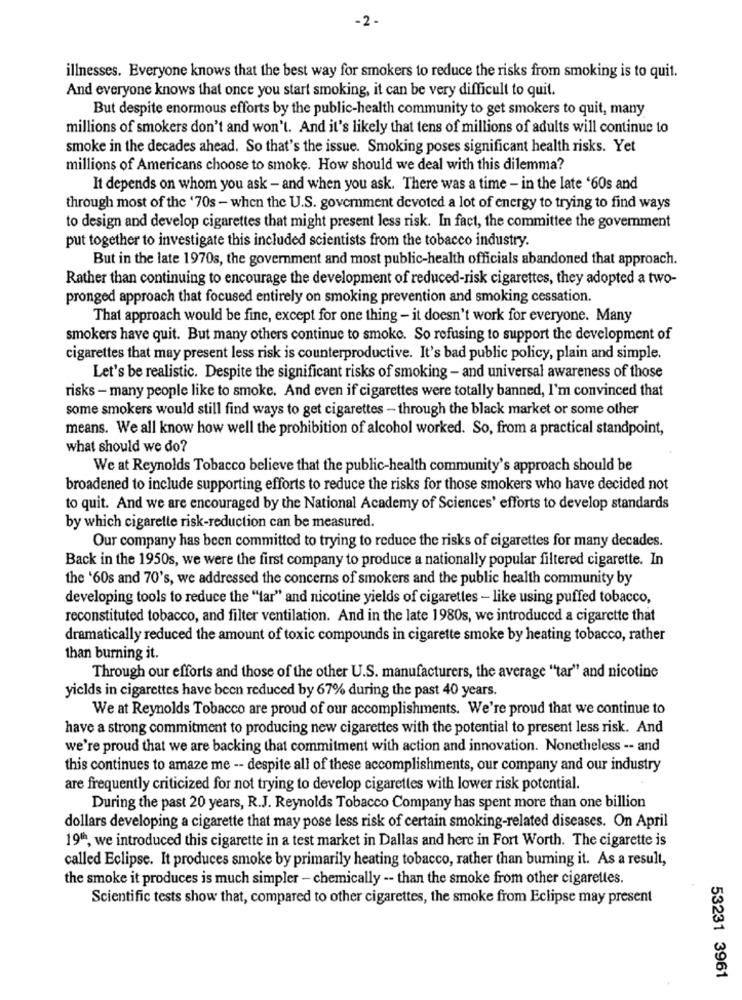
-2 -
illnesses. Everyone knows that the best way for smokers to reduce the risks from smoking is to quit.
And everyone knows that once you start smoking, it can be very difficult to quit.
But despite enormous efforts by the public-health community to get smokers to quit, many
millions of smokers don't and won't. And it's likely that tens of millions of adults will continue to
smoke in the decades ahead. So that's the issue. Smoking poses significant health risks. Yet
millions of Americans choose to smoke. How should we deal with this dilemma?
It depends on whom you ask - and when you ask. There was a time - in the late '60s and
through most of the '70s - when the U.S. government devoted a lot of energy to trying to find ways
to design and develop cigarettes that might present less risk. In fact, the committee the government
put together to investigate this included scientists from the tobacco industry.
But in the late 1970s, the government and most public-health officials abandoned that approach.
Rather than continuing to encourage the development of reduced-risk cigarettes, they adopted a two-
pronged approach that focused entirely on smoking prevention and smoking cessation.
That approach would be fine, except for one thing - it doesn't work for everyone. Many
smokers have quit. But many others continue to smoke. So refusing to support the development of
cigarettes that may present less risk is counterproductive. It's bad public policy, plain and simple.
Let's be realistic. Despite the significant risks of smoking - and universal awareness of those
risks - many people like to smoke. And even if cigarettes were totally banned, I'm convinced that
some smokers would still find ways to get cigarettes - through the black market or some other
means. We all know how well the prohibition of alcohol worked. So, from a practical standpoint,
what should we do?
We at Reynolds Tobacco believe that the public-health community's approach should be
broadened to include supporting efforts to reduce the risks for those smokers who have decided not
to quit. And we are encouraged by the National Academy of Sciences' efforts to develop standards
by which cigarette risk-reduction can be measured.
Our company has been committed to trying to reduce the risks of cigarettes for many decades.
Back in the 1950s, we were the first company to produce a nationally popular filtered cigarette. In
the '60s and 70's, we addressed the concerns of smokers and the public health community by
developing tools to reduce the ""tar" and nicotine yields of cigarettes - like using puffed tobacco,
reconstituted tobacco, and filter ventilation. And in the late 1980s, we introduced a cigarette that
dramatically reduced the amount of toxic compounds in cigarette smoke by heating tobacco, rather
than burning it.
Through our efforts and those of the other U.S. manufacturers, the average "tar" and nicotine
yields in cigarettes have been reduced by 67% during the past 40 years.
We at Reynolds Tobacco are proud of our accomplishments. We're proud that we continue to
have a strong commitment to producing new cigarettes with the potential to present less risk. And
we're proud that we are backing that commitment with action and innovation. Nonetheless -- and
this continues to amaze me -- despite all of these accomplishments, our company and our industry
are frequently criticized for not trying to develop cigarettes with lower risk potential.
During the past 20 years, R.J. Reynolds Tobacco Company has spent more than one billion
dollars developing a cigarette that may pose less risk of certain smoking-related diseases. On April
19, we introduced this cigarette in a test market in Dallas and here in Fort Worth. The cigarette is
called Eclipse. It produces smoke by primarily heating tobacco, rather than buming it. As a result,
the smoke it produces is much simpler - chemically -- than the smoke from other cigarettes.
Scientific tests show that, compared to other cigarettes, the smoke from Eclipse may present
53231 3961